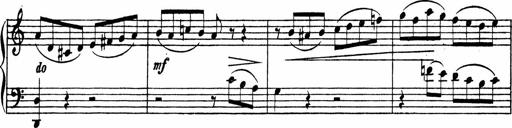
Title: Piano Sonata
Composer: Karl HÃ¤ssler
Key: C major